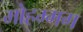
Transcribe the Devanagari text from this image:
मोहम्मग